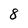
Character: 8